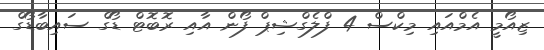
ޒިއޯމީ އެމްއައި މިކްސް 4 ފްލެގްޝިޕް ފޯން އާއި ރޮބޮޓް ޑޯގް ސައިބާޑޯގް